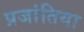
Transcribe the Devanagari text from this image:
प्रजांतिया